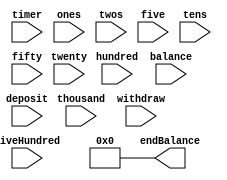
`timescale 1ns / 1ps



module counting(
    input wire timer,
    input wire ones,
    input wire twos, 
    input wire five,
    input wire tens,
    input wire twenty,
    input wire fifty,
    input wire hundred,
    input wire fiveHundred,
    input wire thousand,
    input wire [31:0] balance,
    input wire deposit,
    input wire withdraw,
    output reg[31:0] endBalance
    );
    
    reg [31:0] curBalance;
    reg [31:0] amount;
    initial begin 
      curBalance = 0;  
      amount = 0;
      endBalance = 0;
    end
    
    always @ (posedge timer) begin
        curBalance <= balance;
         amount <= 0;
        if(ones) begin
            amount <= amount + 1;
        end  
        
        
        if(twos) begin
            amount <= amount + 2;
        end  
       
       
       if(five) begin 
            amount <= amount + 5;
       end
       
       if(tens) begin
            amount <= amount + 10;
       end
       if(twenty) begin
           amount <= amount + 10;
       end
       if(fifty) begin
           amount <= amount + 50;
       end
       if(hundred) begin
                  amount <= amount + 100;
        end
        
        if(deposit) begin
            if(amount + curBalance > 9999) begin
                curBalance <= 9999;
            end
            
            else begin
                curBalance <= curBalance + amount;
            end
        end
        
        if(withdraw) begin
            if(amount > curBalance) begin
               
            end
            else begin
                curBalance <= curBalance - amount;
            end        
        end
        
//        assign endBalance = curBalance;
       
          
//        if(reset) begin
//            seconds <= 0;
//            minutes <= 0;
//        end
//        else if (seconds == 59) begin
//            seconds <= 0;
//            if(minutes == 59) begin
//                minutes <= 0;
//            end
//            minutes <= minutes + 1;
        
//        end    
//        else  begin
        
//                if(enable) begin
//                  seconds <= seconds + 1;
//                end
        end     
        
       
//         if (reset) begin
//            seconds <= 0;
//            minutes <= 0;
      //  end
//        if (enable) begin
//            if(seconds == 59) begin
//                minutes <= minutes + 1;
//                seconds <= 0;
//                if (minutes == 60) begin
//                    minutes <= 0;
//                    seconds <= 0;
//                end
//            end
//            else begin
//                 seconds <= seconds + 1;
//            end
       // end
endmodule